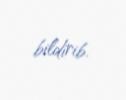
bildirib.